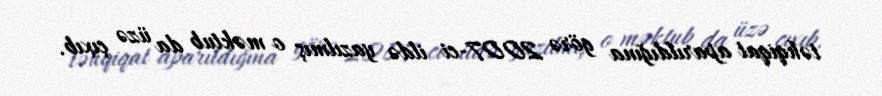
təhqiqat aparıldığına görə 2007-ci ildə yazılmış o məktub da üzə çıxıb.